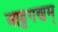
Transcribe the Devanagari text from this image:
आडुगणम्